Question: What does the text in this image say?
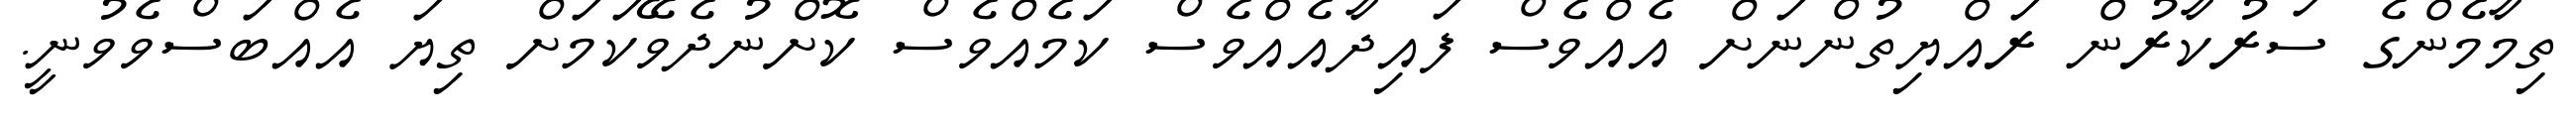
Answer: ތިމާމެންގެ ސަރުކާރުން ރައްޔިތުންނަށް އެއްވެސް ފައިދާއެއްވެސް ކަމެއްވެސް ކޮށްނުދެވޭކަމަށް ތިޔަ އެއްބަސްވެވުނީ.